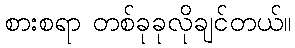
စားစရာ တစ်ခုခုလိုချင်တယ်။